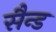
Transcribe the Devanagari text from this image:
सैन्ड